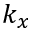
k _ { x }